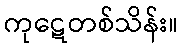
ကုဋေတစ်သိန်း။